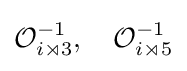
{\mathcal {O}}_{i\rtimes 3}^{-1},\quad {\mathcal {O}}_{i\rtimes 5}^{-1}